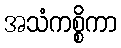
အသံကစ္စိကာ